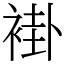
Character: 褂